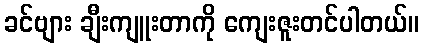
ခင်ဗျား ချီးကျူးတာကို ကျေးဇူးတင်ပါတယ်။